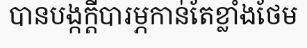
បានបង្កក្តីបារម្ភកាន់តែខ្លាំងថែម